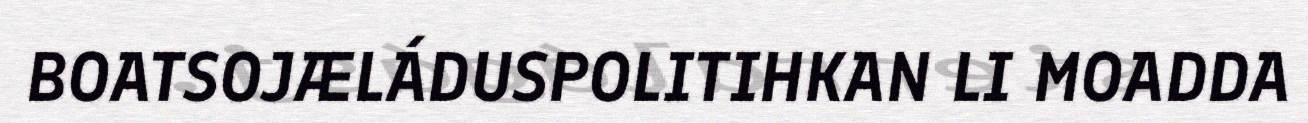
BOATSOJÆLÁDUSPOLITIHKAN LI MOADDA